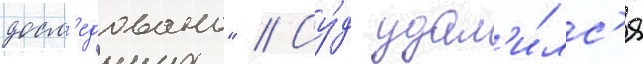
досл'едовано" // Су́д удал'и́лс'я